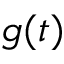
g ( t )